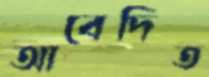
আবেদিত